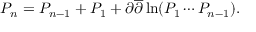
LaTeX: P _ { n } = P _ { n - 1 } + P _ { 1 } + \partial \overline { { { \partial } } } \ln ( P _ { 1 } \cdots P _ { n - 1 } ) .